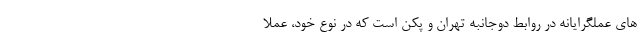
های عملگرایانه در روابط دوجانبه تهران و پکن است که در نوع خود، عملا